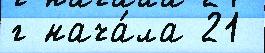
г нача́ла 21